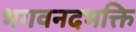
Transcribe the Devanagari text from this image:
भगवनदभक्ति